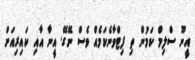
އީނޫ ސްލިމް ކަމުން ތި ފިޓްވާނެކަމެއް ވެސް ނޭގޭ. އީނާ އާއި ކައިރިއަށް